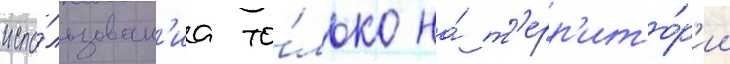
испо́льзован'иа то́лько на́ т'ерр'ито́р'ии